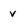
Character: V